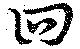
回